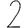
Digit: 2